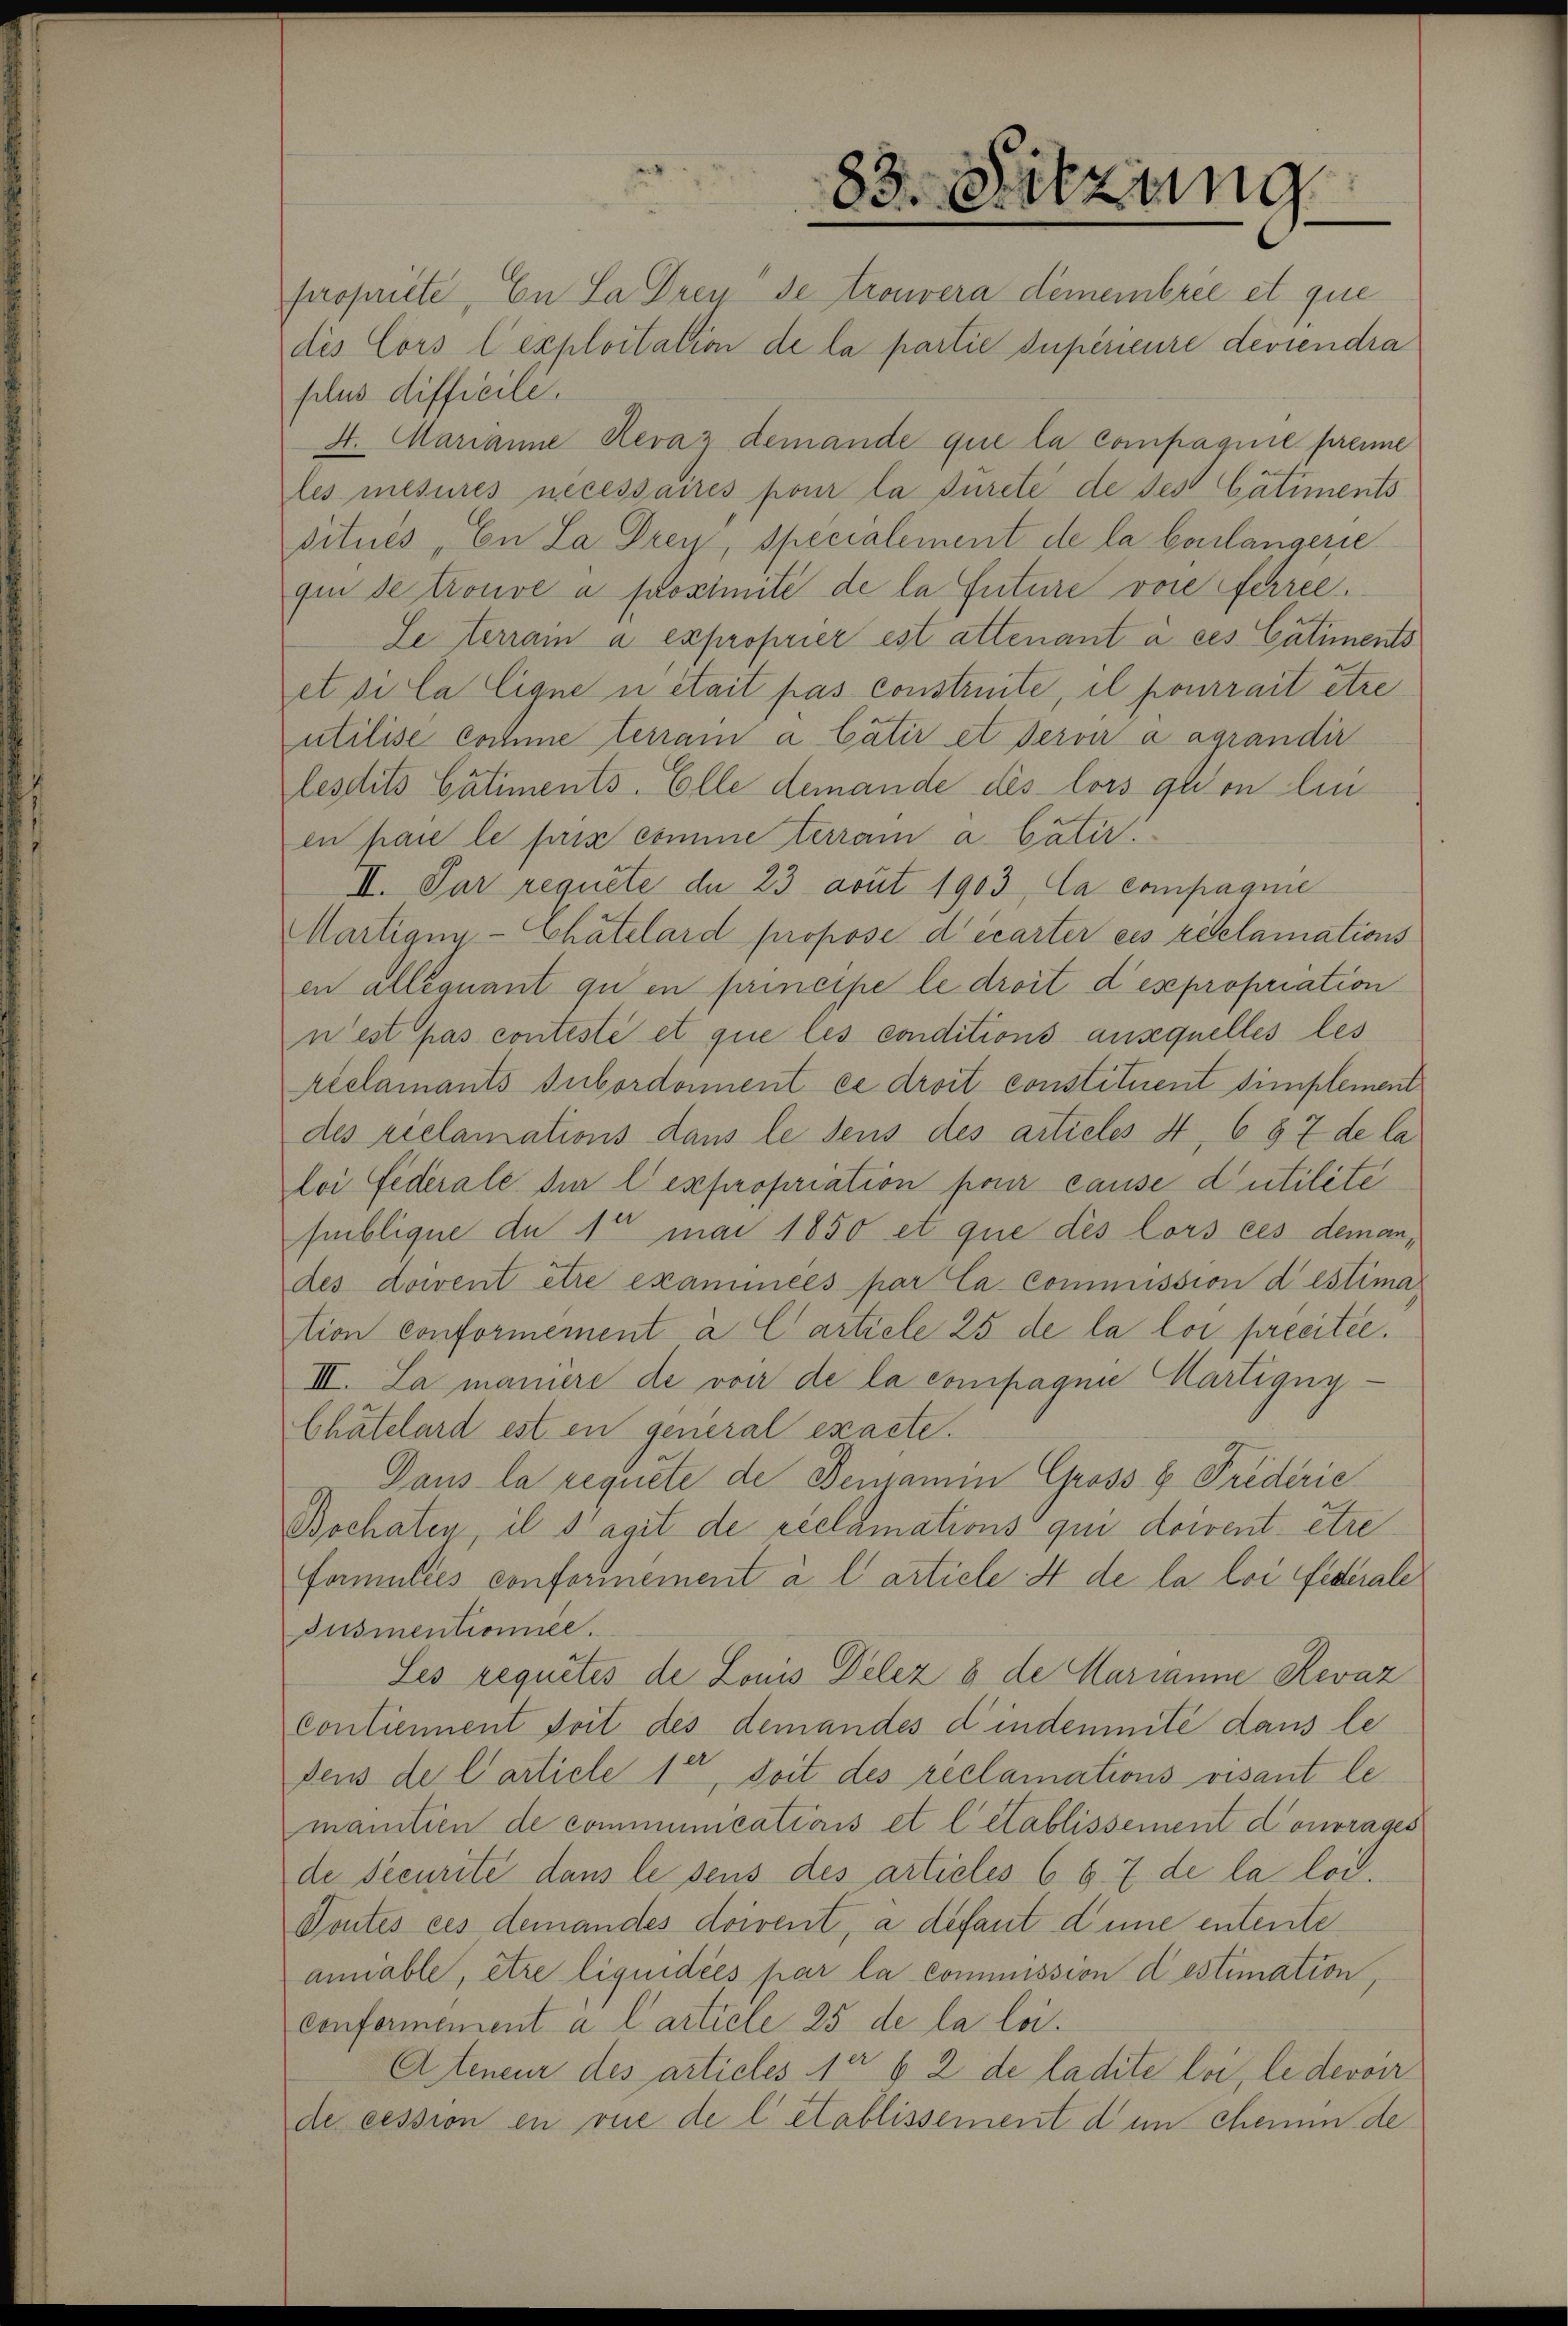
83. Sitzung

propriete, En La Dreu de trouvera demembrée et que
des Cors l’exploitation de la partie Superieure deviendra
plus difficile.
4. Marianne Revaz demande que la compagnie premie
les mesures necessaires pour la Jureté de des Catiments
situés „En La Drey, Specialement de la bonlängerie
qun de trouve a proximité de la future von ferree.
Se terram a exproprier est attenant à ces Catiments
et si la ligne u était pas construite, il pourrait être
utilise Cochne terram a Cätir et Servir à agrandir
lesdits Cätiments. Elle demande des lors qu’on lin
en par le prix comme terram a Catir
II. Par requite de 23 avut 1903, la compagnie
Martigny-Chatelard propose décarter eis réclamations
en alléquant qu’en principe le droit des propriation
n’est pas conteste et que les conditions auxquelles les
éclamants Subordonnent es droit constituent simplement
des riclamations dans le dens des articles 4, 6 § 7 de la
loi fiderale dir l expropriation pour cause d’utilite
publique du 1te mai 1850 et que des lors ces demandes doivent être examinées par Ca-Commission destima
tion conformement a Cartiele 25 de la loi precitée.
III. La maniere de vor de la compagnie Martigny-
Chätelard est en general exacte.
Dans la requete de Bemann Grosse Prederic
Bochaten, il s’agit de réclamations qui doivent être
Famulies conformement à l’article 4 de la loi federale
Pusmentionnée.
Les requités de Louis Delez u de Marianne Revaz
Contiement doit des demandes dindemnité dans le
dens de Carticle 1er doit des réclamations visant le
manitien de communications et l établissement contrages
de Securité dans le sens des articles 6 § 7 de la loi.
Toutes ces demandes doivent, à défaut dene entente
anable, être liquidées par la commission destimation,
confermement a Carticle 25 de la loi.
A teneur des articles 10 § 2 de ladite loi, le devoir
de cession en vue de l’établissement dem Chemin de